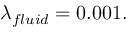
\lambda _ { f l u i d } = 0 . 0 0 1 .